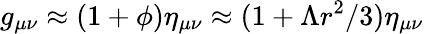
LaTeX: g_{\mu\nu}\approx(1+\phi)\eta_{\mu\nu}\approx{(1+\Lambda r^{2}/3)}\eta_{\mu\nu}